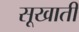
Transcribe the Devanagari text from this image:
सूखाती